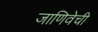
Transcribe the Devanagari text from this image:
जाणिवेची